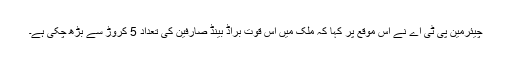
چیئرمین پی ٹی اے نے اس موقع پر کہا کہ ملک میں اس قوت براڈ بینڈ صارفین کی تعداد 5 کروڑ سے بڑھ چکی ہے۔